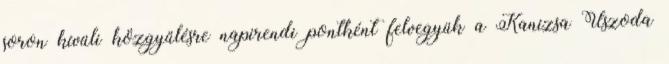
soron kívüli közgyűlésre napirendi pontként felvegyük a Kanizsa Uszoda